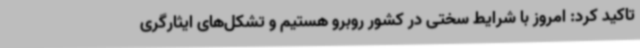
تاکید کرد: امروز با شرایط سختی در کشور روبرو هستیم و تشکل‌های ایثارگری